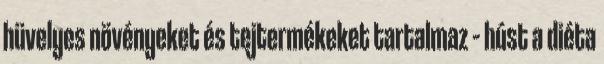
hüvelyes növényeket és tejtermékeket tartalmaz – húst a diéta